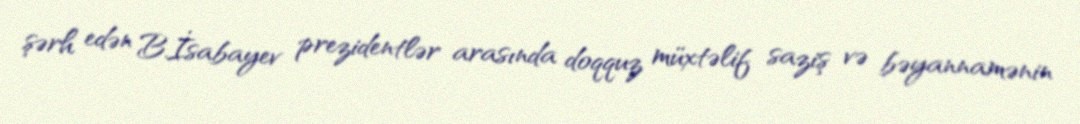
şərh edən B.İsabayev prezidentlər arasında doqquz müxtəlif saziş və bəyannamənin